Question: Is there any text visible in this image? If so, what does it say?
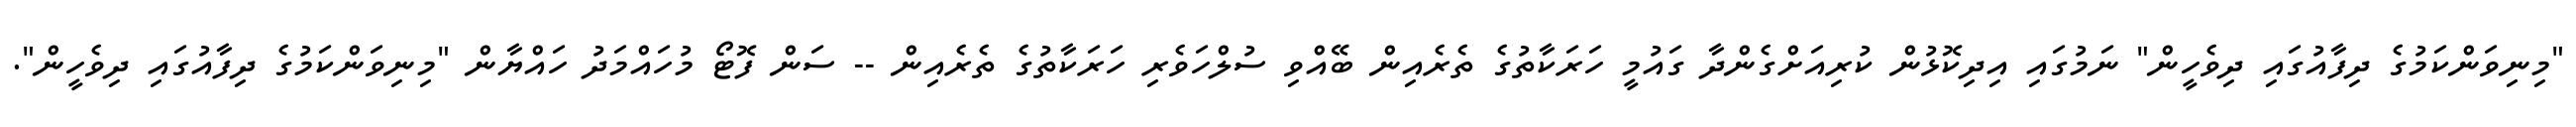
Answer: "މިނިވަންކަމުގެ ދިފާއުގައި ދިވެހީން" ނަމުގައި އިދިކޮޅުން ކުރިއަށްގެންދާ ގައުމީ ހަރަކާތުގެ ތެރެއިން ބޭއްވި ސުލްހަވެރި ހަރަކާތުގެ ތެރެއިން -- ސަން ފޮޓޯ މުހައްމަދު ހައްޔާން "މިނިވަންކަމުގެ ދިފާއުގައި ދިވެހީން".